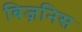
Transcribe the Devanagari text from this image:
बिज़निस